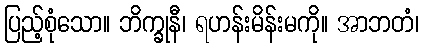
ပြည့်စုံသော။ ဘိက္ခုနီ၊ ရဟန်းမိန်းမကို။ အာဘတံ၊